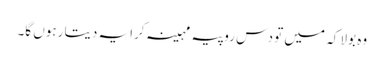
وہ بولا کہ میں تو دس روپیہ مہینہ کرایہ دیتا رہوں گا۔